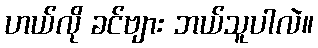
ဟယ်လို ခင်ဗျား ဘယ်သူပါလဲ။